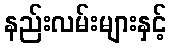
နည်းလမ်းများနှင့်